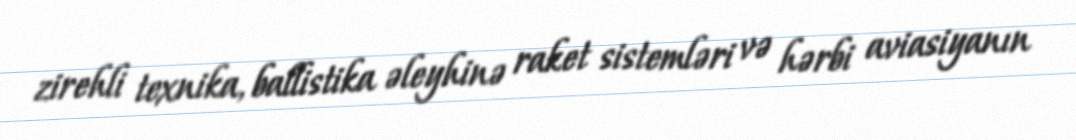
zirehli texnika, ballistika əleyhinə raket sistemləri və hərbi aviasiyanın